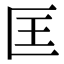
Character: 匡